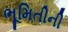
ભૂમિતીની